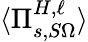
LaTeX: \langle\Pi_{s,S\Omega}^{H,\ell}\rangle